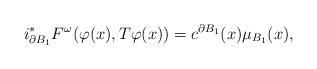
LaTeX: \begin{align*}i_{\partial B_1}^*F^{\omega}(\varphi(x),T\varphi(x))=c^{\partial B_1}(x)\mu_{B_1}(x),\end{align*}